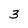
Character: 3